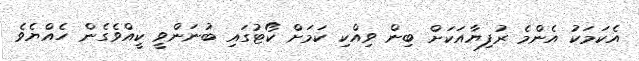
އެކަމަކު އެންމެ ރުފިޔާއަކަށް ބިން ވިއްކި ކަމަށް ކޯޓުގައި ބުނަންވީ ކީއްވެގެން ހެއްޔެވެ